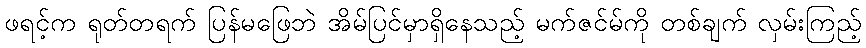
ဖရင့်က ရုတ်တရက် ပြန်မဖြေဘဲ အိမ်ပြင်မှာရှိနေသည့် မက်ဇင်မ်ကို တစ်ချက် လှမ်းကြည့်